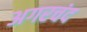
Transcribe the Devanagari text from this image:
अगरचंद